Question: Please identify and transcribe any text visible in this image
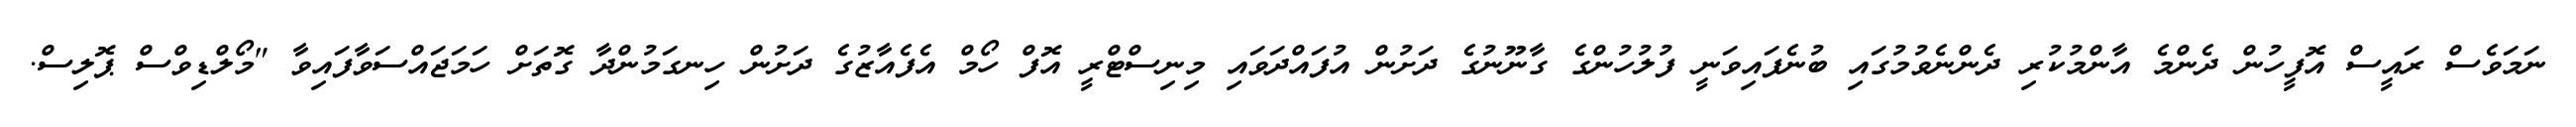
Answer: ނަމަވެސް ރައީސް އޮފީހުން ދެންމެ އާންމުކުރި ދެންނެވުމުގައި ބުނެފައިވަނީ ފުލުހުންގެ ގާނޫނުގެ ދަށުން އުފައްދަވައި މިނިސްޓްރީ އޮފް ހޯމް އެފެއާޒުގެ ދަށުން ހިނގަމުންދާ ގޮތަށް ހަމަޖައްސަވާފައިވާ "މޯލްޑިވްސް ޕޮލިސް.